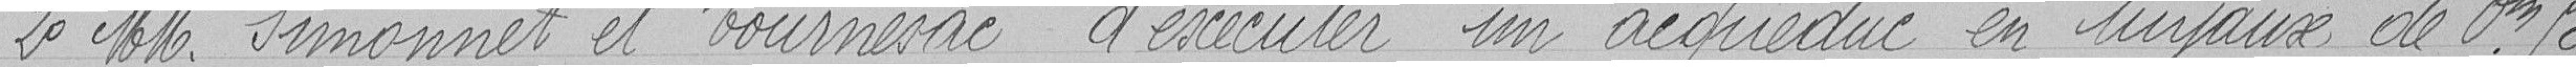
Deuxièmement, messieurs Simonnet et Tournesac d'exécuter un aqueduc en tuyaux de  0,90 mètres